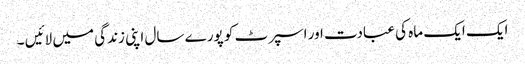
ایک ایک ماہ کی عبادت اور اسپرٹ کو پورے سال اپنی زندگی میں لائیں ۔